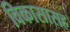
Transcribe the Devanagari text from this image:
विकासासह